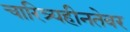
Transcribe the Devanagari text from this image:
चारित्र्यहीनतेवर